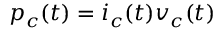
p _ { c } ( t ) = i _ { c } ( t ) v _ { c } ( t )